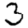
Digit: 3